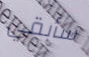
سأبقي